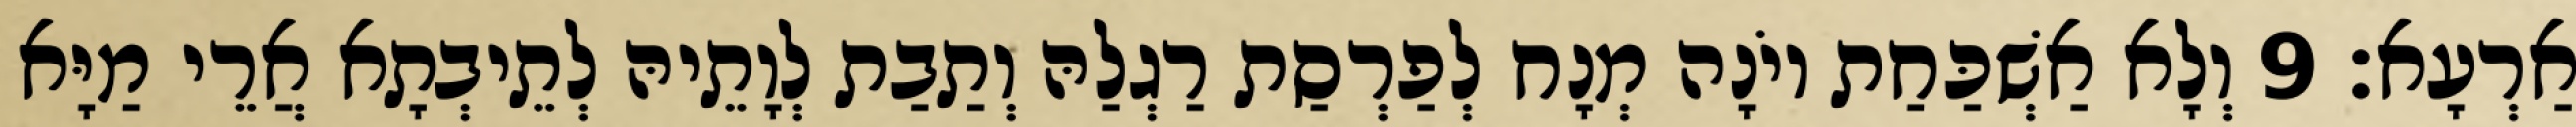
אַרְעָא׃ 9 וְלָא אַשְׁכַּחַת יוֹנָה מְנָח לְפַרְסַת רַגְלַהּ וְתַבַת לְוָתֵיהּ לְתֵיבְתָא אֲרֵי מַיָּא